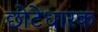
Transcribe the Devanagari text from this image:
छोटेधारक